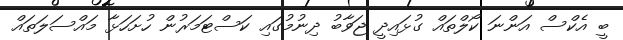
ބީ އެކްސް އަންނަ ކޯލްތައް ގުޅައިދީ ޖަވާބު ދިނުމުގައި ކަސްޓަމަރުން ހުށަހަޅާ މައްސަލަތައް